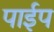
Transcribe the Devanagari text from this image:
पार्इप